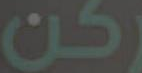
ركن